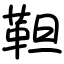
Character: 靼